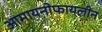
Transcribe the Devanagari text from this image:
आमायनोफायलीन